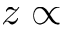
z \propto